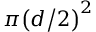
\pi { \left( { { d \mathord { \left/ { \vphantom { d 2 } } \right. \kern - \nulldelimiterspace } 2 } } \right) ^ { 2 } }